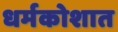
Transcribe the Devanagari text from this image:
धर्मकोशात